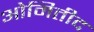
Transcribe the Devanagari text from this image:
ओमितीद